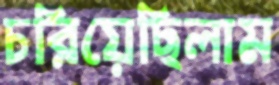
চরিয়েছিলাম